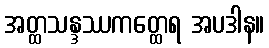
အတ္ထသန္ဒဿကတ္ထေရ အပဒါန။